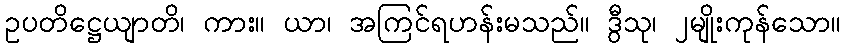
ဥပတိဋ္ဌေယျာတိ၊ ကား။ ယာ၊ အကြင်ရဟန်းမသည်။ ဒွီသု၊ ၂မျိုးကုန်သော။